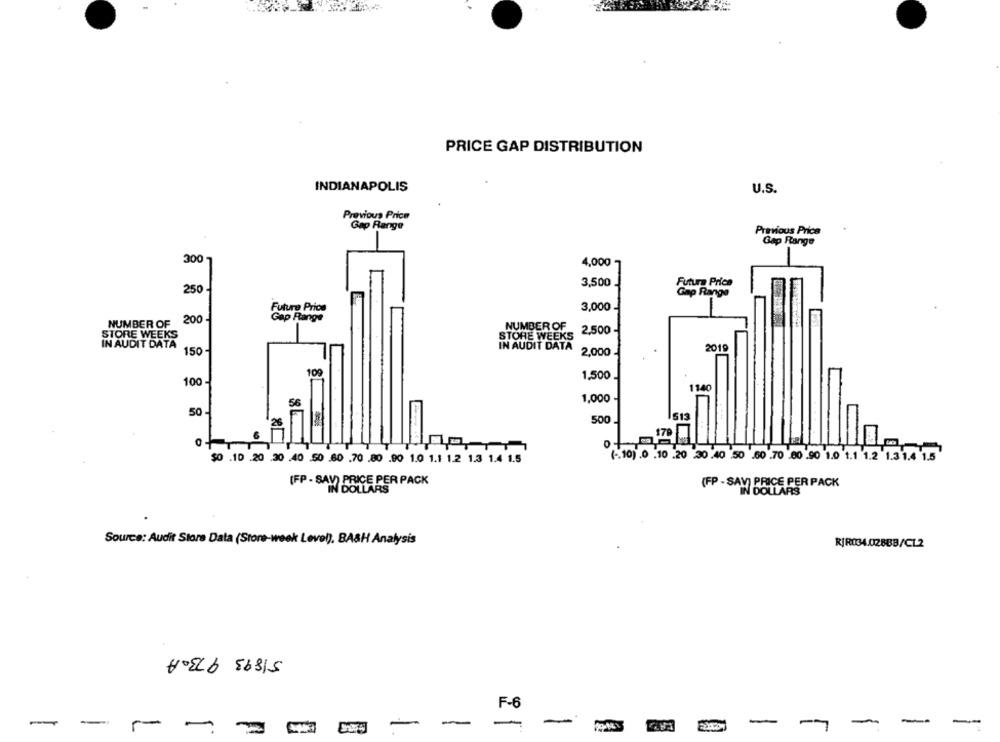
PRICE GAP DISTRIBUTION
INDIANAPOLIS
U.S.
Previous Price
Gap Range
Previous Price
Gap Range
300
4,000
3,500
Futura Price
250
Gap Range
Future Price
3,000
200
Gap Range
NUMBER OF
NUMBER OF
2,500
STORE WEEKS
STORE WEEKS
IN AUDIT DATA
IN AUDIT DATA
2019
150
2,000
109
1,500
100 -
1140
1,000
56
50-
513
26
500
170
$0 .10 .20 .30 .40 50 60 .70 .80 .90 1.0 1.1 1.2 1.3 1.4 1.5
( .. 10) .0 .10 .20 30 .40 50 .60 .70 00 .90 1.0 1.1 1.2 1.3 1.4 1.5
(FP - SAV) PRICE PER PACK
IN DOLLARS
(FP - SAV) PRICE PER PACK
Source: Audit Store Data (Store-week Level), BASH Analysis
R/R034.028BB/CL2
51893 973-A
F-6
-
-
-
-
-
-
-7
-